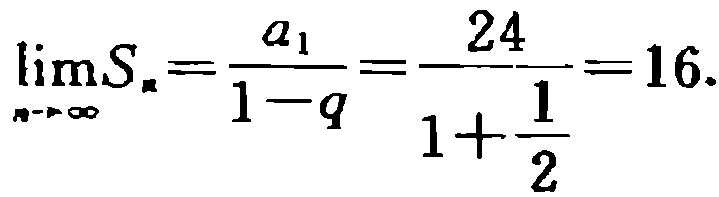
\(\lim_{n \to \infty}S_{n}=\frac{a_{1}}{1 - q}=\frac{24}{1+\frac{1}{2}} = 16\)